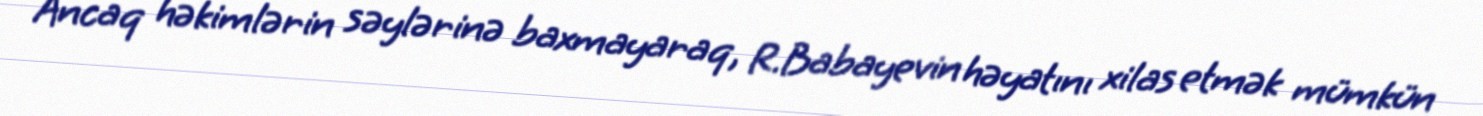
Ancaq həkimlərin səylərinə baxmayaraq, R.Babayevin həyatını xilas etmək mümkün